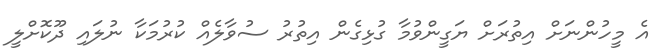
އެ މީހުންނަށް އިތުރަށް ޔަގީންވުމާ ގުޅިގެން އިތުރު ސުވާލެއް ކުރުމަކާ ނުލައި ދޫކޮށްލީ